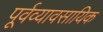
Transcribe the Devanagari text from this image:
पूर्वव्यावसायिक